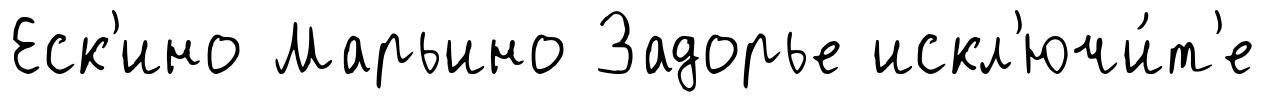
Еск'ино Марьино Задорье искл'ючи́т'е